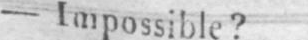
- Impossible?